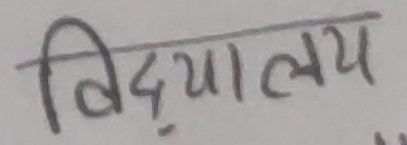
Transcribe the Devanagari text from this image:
विद्यालय